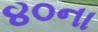
૪૦ના